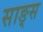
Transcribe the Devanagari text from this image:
साङ्स